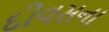
દીવસના